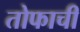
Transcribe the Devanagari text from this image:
तोफाची